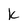
Character: k